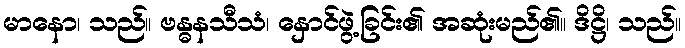
မာနော၊ သည်။ ဗန္ဓနသီသံ၊ နှောင်ဖွဲ့ခြင်း၏ အဆုံးမည်၏။ ဒိဋ္ဌိ၊ သည်။